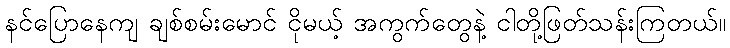
နင်ပြောနေကျ ချစ်စမ်းမောင် ငိုမယ့် အကွက်တွေနဲ့ ငါတို့ဖြတ်သန်းကြတယ်။